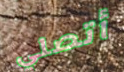
أتصلي